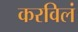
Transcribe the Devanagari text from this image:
करविलं